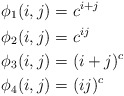
\begin{align*} \phi_1(i,j) &= c^{i+j}\\\phi_2(i,j) &= c^{ij}\\\phi_3(i,j) &= (i+j)^c\\\phi_4(i,j) &= (ij)^c\end{align*}